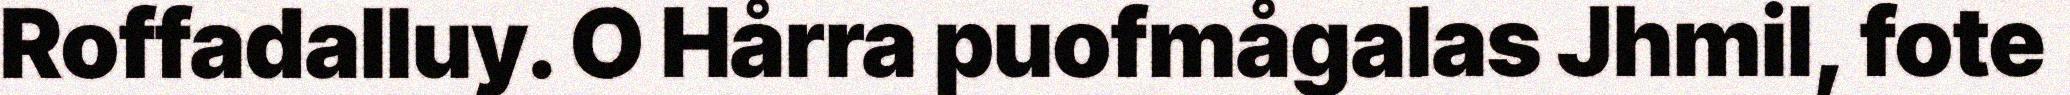
Roffadalluy. O Hårra puofmågalas Jhmil, fote